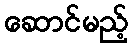
ဆောင်မည့်